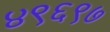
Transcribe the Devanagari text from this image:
४९६९७